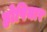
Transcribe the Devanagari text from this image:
होषियार